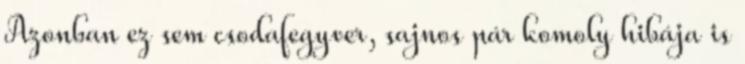
Azonban ez sem csodafegyver, sajnos pár komoly hibája is